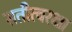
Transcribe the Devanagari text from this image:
सतीत्वरक्षा